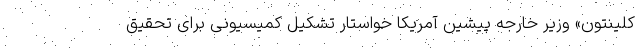
کلینتون» وزیر خارجه پیشین آمریکا خواستار تشکیل کمیسیونی برای تحقیق